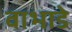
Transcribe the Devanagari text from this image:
वाभाडे